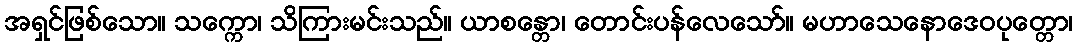
အရှင်ဖြစ်သော။ သက္ကော၊ သိကြားမင်းသည်။ ယာစန္တော၊ တောင်းပန်လေသော်။ မဟာသေနောဒေဝပုတ္တော၊